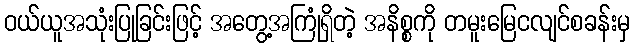
ဝယ်ယူအသုံးပြုခြင်းဖြင့် အတွေ့အကြုံရှိတဲ့ အနိစ္စကို တမူးမြေငလျင်စခန်းမှ